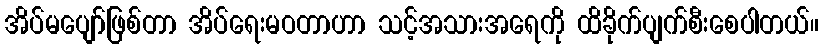
အိပ်မပျော်ဖြစ်တာ အိပ်ရေးမဝတာဟာ သင့်အသားအရေကို ထိခိုက်ပျက်စီးစေပါတယ်။